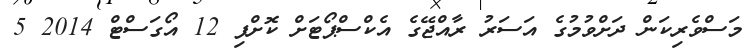
މަސްވެރިކަން ދަށްވުމުގެ އަސަރު ރާއްޖޭގެ އެކްސްޕޯޓަށް ކޮށްފި 12 އޯގަސްޓް 2014 5